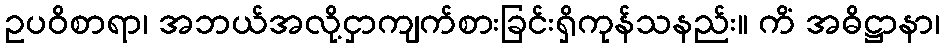
ဥပဝိစာရာ၊ အဘယ်အလို့ငှာကျက်စားခြင်းရှိကုန်သနည်း။ ကိံ အဓိဋ္ဌာနာ၊